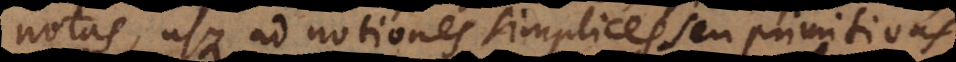
notas, usque ad notiones simplices seu primitivas.